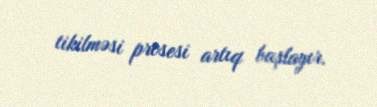
tikilməsi prosesi artıq başlayır.